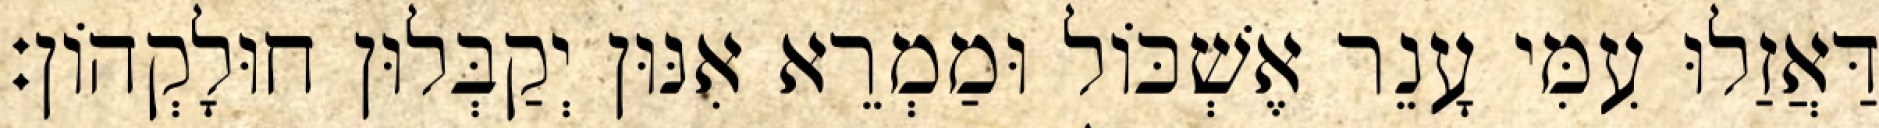
דַּאֲזַלוּ עִמִּי עָנֵר אֶשְׁכּוֹל וּמַמְרֵא אִנּוּן יְקַבְּלוּן חוּלָקְהוֹן׃